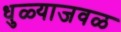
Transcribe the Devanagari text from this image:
धुळ्याजवळ